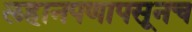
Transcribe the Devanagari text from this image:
लहानपणापसूनच